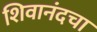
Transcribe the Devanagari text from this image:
शिवानंदचा